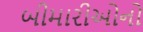
બીમારીઓનો